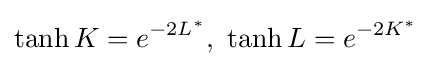
\tanh K=e^{-2L^{*}},\ \tanh L=e^{-2K^{*}}